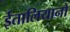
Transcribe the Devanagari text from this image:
ईतालियानो